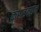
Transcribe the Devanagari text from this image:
कराडवरुन